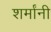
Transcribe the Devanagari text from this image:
शर्मांनी